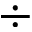
\div